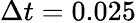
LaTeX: \Delta t=0.025